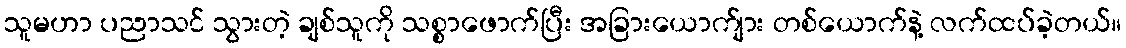
သူမဟာ ပညာသင် သွားတဲ့ ချစ်သူကို သစ္စာဖောက်ပြီး အခြားယောက်ျား တစ်ယောက်နဲ့ လက်ထပ်ခဲ့တယ်။